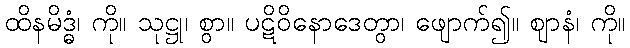
ထိနမိဒ္ဓံ၊ ကို။ သုဋ္ဌု၊ စွာ။ ပဋိဝိနောဒေတွာ၊ ဖျောက်၍။ ဈာနံ၊ ကို။